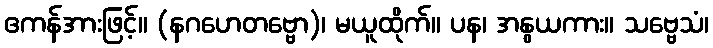
ဧကန်အားဖြင့်။ (နဂဟေတဗ္ဗော)၊ မယူထိုက်။ ပန၊ အနွယကား။ သဗ္ဗေသံ၊